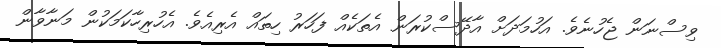
ވިސްނަން ޖެހުނެވެ. އަހުމަދަށް އާދޭސްކުރަން އެތަކެއް ފަހަރު ހިތައް އެރިއެވެ. އެހުރިހާކަމަކުން މަނާވާން